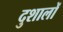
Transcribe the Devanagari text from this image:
दुशालों